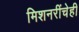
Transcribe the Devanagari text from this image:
मिशनरींचेही